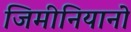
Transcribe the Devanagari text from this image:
जिमीनियानो